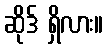
ဆိုဒ် ရှိလား။